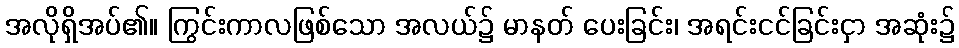
အလိုရှိအပ်၏။ ကြွင်းကာလဖြစ်သော အလယ်၌ မာနတ် ပေးခြင်း၊ အရင်းငင်ခြင်းငှာ အဆုံး၌